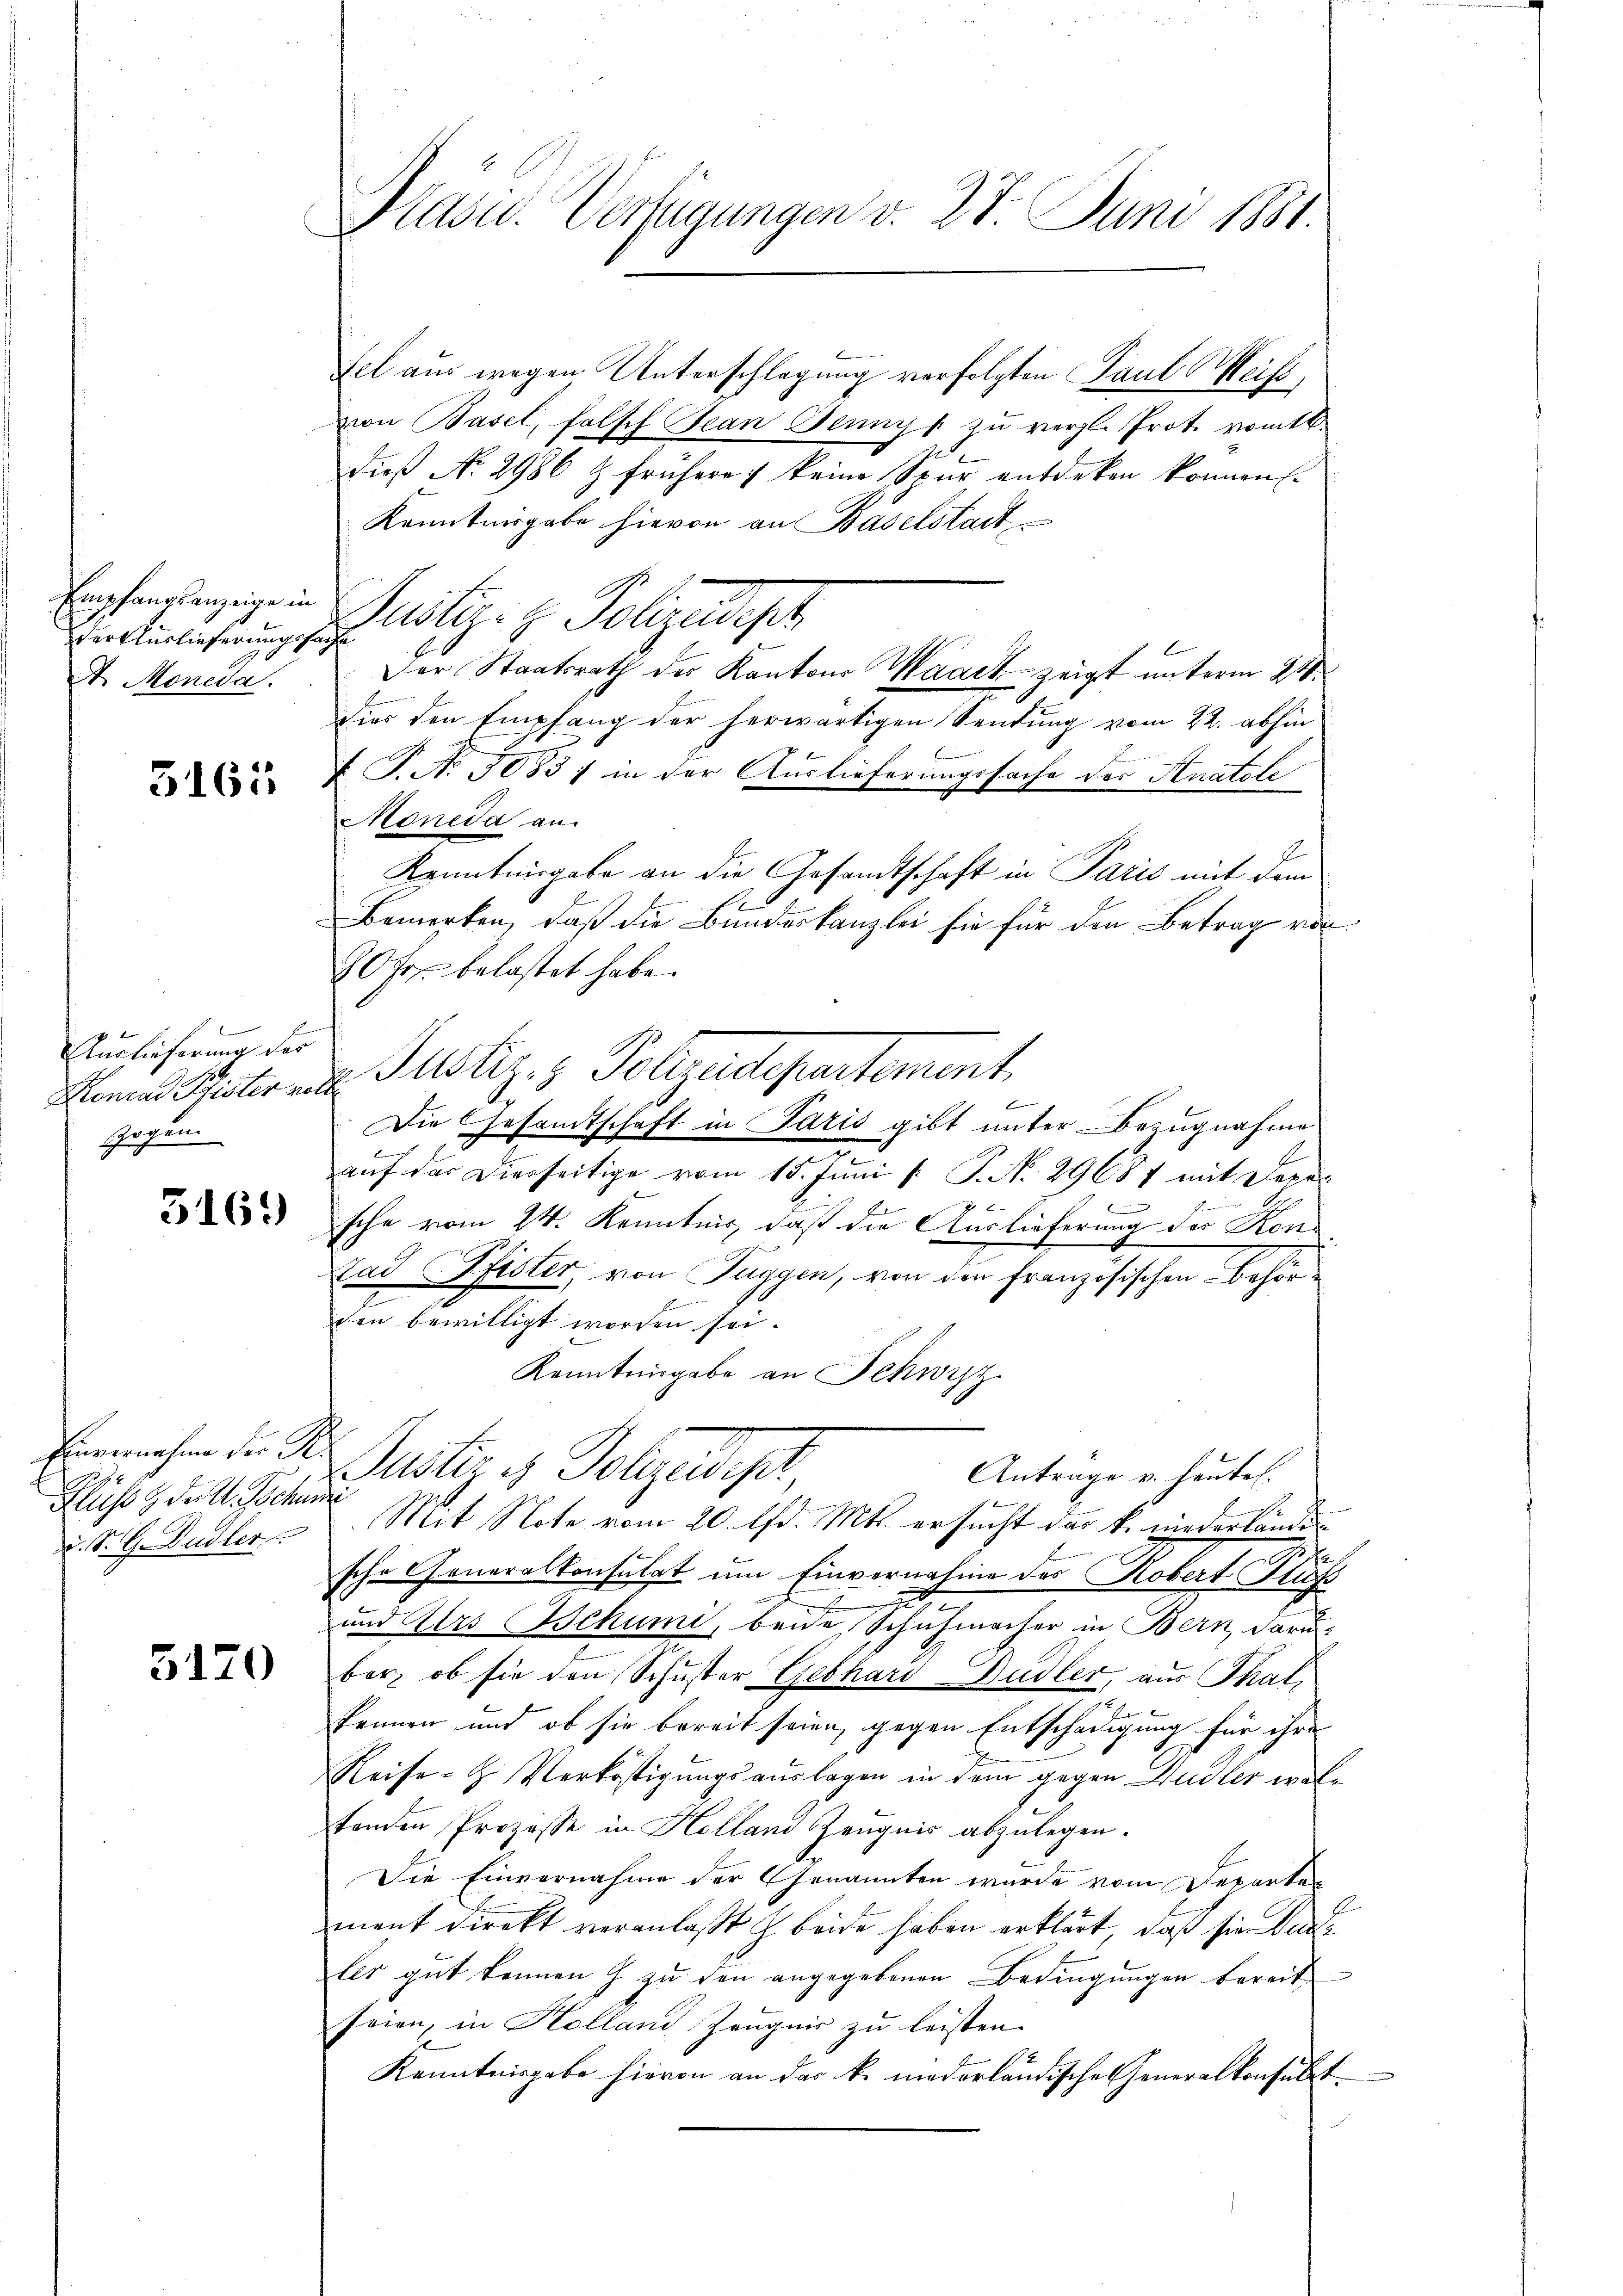
der Auslieferungssache
A. Moneda.

3161

s
Auslieferung der
Gegen

5169

Einvernahme der Gr
Fluss g Dr. A. Schu
. S. G. Dudler

5120

Pasu. Verfügungen v. 27. Juni 1881

sel aus wegen Unterschlagung verfolgten Paul Weis
von Basel, falsch Jean Jennys zu vergl. Prot. vom 16.
dieβ No. 2986 & frühere keine Spur entdeken können.
Kanntergabe hievon an Baselstadt
Empfendenzige in Rustiz- & Polizeidept
l
dies den Empfang der herwärtigen Sendung vom 22. abhin
T. N. 3083) in der Auslieferungssache der Anatole
Moneda an.
Kenntnisgabe an die Gesandtschaft in Paris mit dem
l
Bemerken, daß die Bundeskanzlei sie für den Betrag vor
80 Fr. belastet habe.
Einand unter aus Justiz- & Polizadepartement
Die Gesamtschaft in Paris gibt unter Bezugnahme
c
auf das Dierseitige vom 15. Juni [ P. No. 29687 mit Depe
sche vom 24. Kenntnis, daß die Auslieferung der Kon-
Tad Pfister, von Tuggen, von den französischen Behörden bewilligt worden sei.
Kenntnisgabe an Schwyz
h
Justiz & Polizeidigt
Antrage u. heute.
Mit Note vom 20. d. Mts. ersucht das k. niederlände
sche Generalkonsulat um Einvernahme der Robert Flüss
.
und Urs Schumi, beide Schuhmacher in Bern, daru
ber, ob sie den Schuster Gebhard-Dudler, aus Thale
kennen und ob sie bereit seien, gegen Entschädigung für ihre
Reise- & Verköstigungsauslagen in dem gegen Gudler waltonden Prozesse in Holland Zeugnis abzulegen.
Die Einvernahme der Genannten wurde vom Departen
ment direkt veranlaßt beide haben erklärt, daß sie der
les gut kennen J. zu den angegebenen Bedingungen bereit
seien, in Holland Zeugnis zu leisten.
Kenntnisgabe hievon an das k. niederländische Generalkonsult

Der Staatsrath der Kantons Waadt zeigt unterm 24.